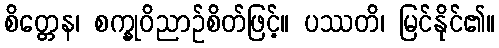
စိတ္တေန၊ စက္ခုဝိညာဉ်စိတ်ဖြင့်။ ပဿတိ၊ မြင်နိုင်၏။